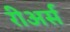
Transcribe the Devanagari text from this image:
रीअर्स